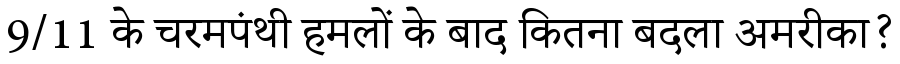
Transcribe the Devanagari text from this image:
9/11 के चरमपंथी हमलों के बाद कितना बदला अमरीका?